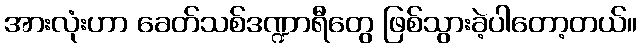
အားလုံးဟာ ခေတ်သစ်ဒဏ္ဍာရီတွေ ဖြစ်သွားခဲ့ပါတော့တယ်။